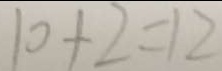
1 0 + 2 = 1 2